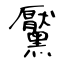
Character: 黶